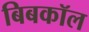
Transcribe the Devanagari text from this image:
बिबकॉल